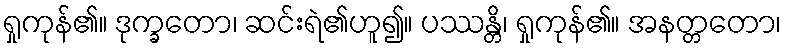
ရှုကုန်၏။ ဒုက္ခတော၊ ဆင်းရဲ၏ဟူ၍။ ပဿန္တိ၊ ရှုကုန်၏။ အနတ္တတော၊